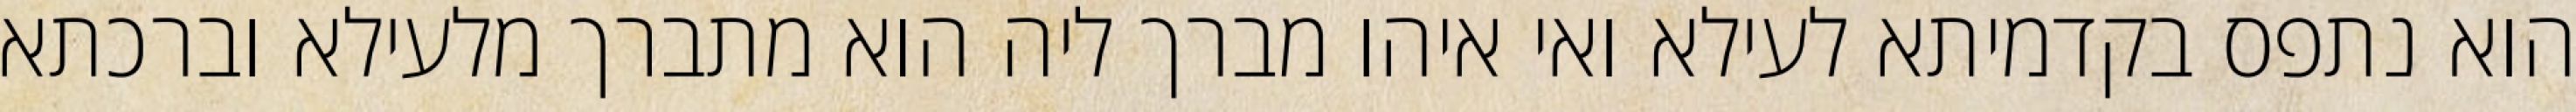
הוא נתפס בקדמיתא לעילא ואי איהו מברך ליה הוא מתברך מלעילא וברכתא